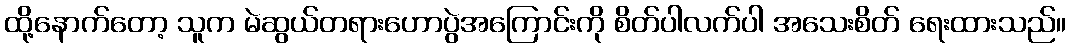
ထို့နောက်တော့ သူက မဲဆွယ်တရားဟောပွဲအကြောင်းကို စိတ်ပါလက်ပါ အသေးစိတ် ရေးထားသည်။